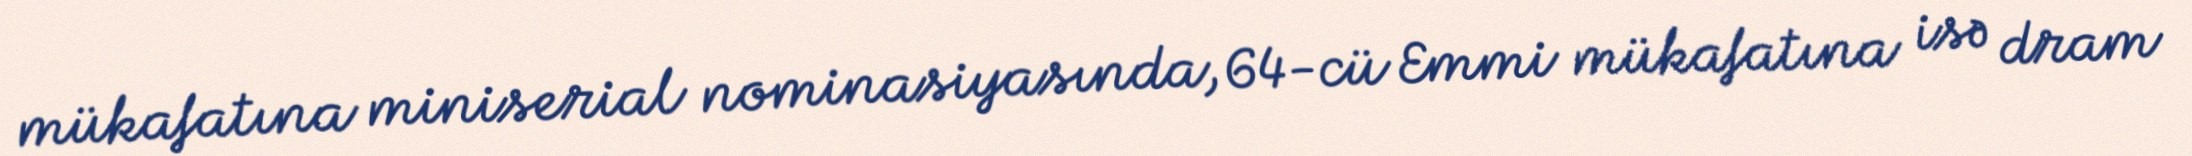
mükafatına miniserial nominasiyasında, 64-cü Emmi mükafatına isə dram